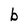
Character: b